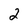
Character: 2